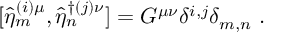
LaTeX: [ \hat { \eta } _ { m } ^ { ( i ) \mu } , \hat { \eta } _ { n } ^ { \dagger ( j ) \nu } ] = G ^ { \mu \nu } \delta ^ { i , j } \delta _ { m , n } ~ .